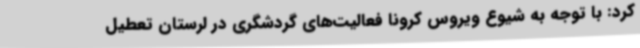
کرد: با توجه به شیوع ویروس کرونا فعالیت‌های گردشگری در لرستان تعطیل